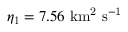
\eta _ { 1 } = 7 . 5 6 \ \mathrm { k m ^ { 2 } \ s ^ { - 1 } }